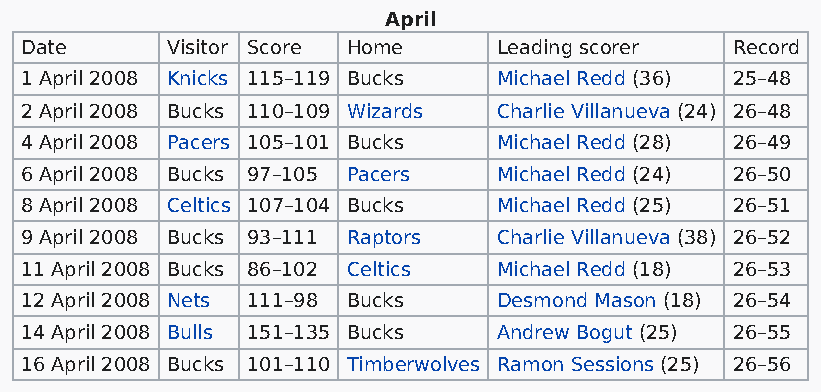
April
 Date      Visitor Score Home    Leading scorer Record
 1 April 2008 Knicks 115–119 Bucks Michael Redd (36) 25–48
 2 April 2008 Bucks 110–109 Wizards Charlie Villanueva (24) 26–48
 4 April 2008 Pacers 105–101 Bucks Michael Redd (28) 26–49
 6 April 2008 Bucks 97–105 Pacers Michael Redd (24) 26–50
 8 April 2008 Celtics 107–104 Bucks Michael Redd (25) 26–51
 9 April 2008 Bucks 93–111 Raptors Charlie Villanueva (38) 26–52
 11 April 2008 Bucks 86–102 Celtics Michael Redd (18) 26–53
 12 April 2008 Nets 111–98 Bucks Desmond Mason (18) 26–54
 14 April 2008 Bulls 151–135 Bucks Andrew Bogut (25) 26–55
 16 April 2008 Bucks 101–110 Timberwolves Ramon Sessions (25) 26–56